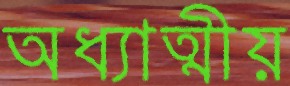
অধ্যাত্মীয়